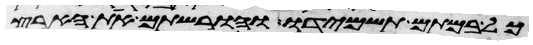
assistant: כל במתם תשמידו והורשתם את הארץ